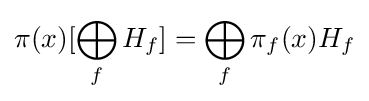
\pi (x)[\bigoplus _{f}H_{f}]=\bigoplus _{f}\pi _{f}(x)H_{f}